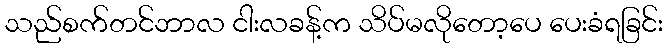
သည်စက်တင်ဘာလ ငါးလခန့်က သိပ်မလိုတော့ပေ ပေးခံရခြင်း